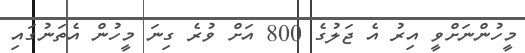
މީހުންނަށްވީ އިރު އެ ޖަލުގެ 800 އަށް ވުރެ ގިނަ މީހުން އެތަނުގައި